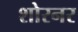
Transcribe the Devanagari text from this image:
शोरनर